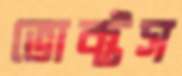
ভোক্টস